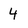
Character: 4